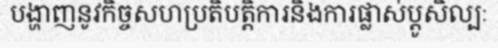
បង្ហាញនូវកិច្ចសហប្រតិបត្តិការនិងការផ្លាស់ប្តូសិល្បៈ